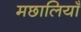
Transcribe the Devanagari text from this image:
मछालियाँ